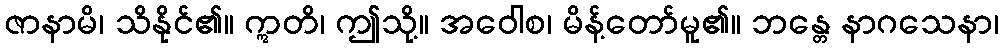
ဇာနာမိ၊ သိနိုင်၏။ ဣတိ၊ ဤသို့။ အဝေါစ၊ မိန့်တော်မူ၏။ ဘန္တေ နာဂသေနာ၊